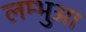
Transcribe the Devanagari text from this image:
लम्‍भुआ